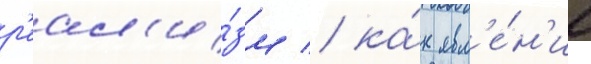
р'еал'и́зм / ка́к явл'е́н'ие